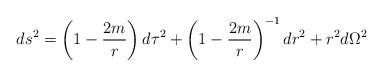
LaTeX: \begin{align*}ds^2=\left(1-{2m \over r}\right)d\tau ^2+\left(1-{2m \over r}\right)^{-1}dr^2+r^2d\Omega^2\end{align*}